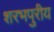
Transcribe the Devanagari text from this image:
शरभपुरीय